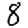
Digit: 8